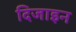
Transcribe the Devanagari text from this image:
दिजाइन